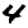
Digit: 4